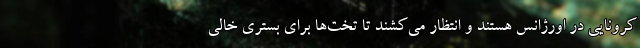
کرونایی در اورژانس هستند و انتظار می‌کشند تا تخت‌ها برای بستری خالی